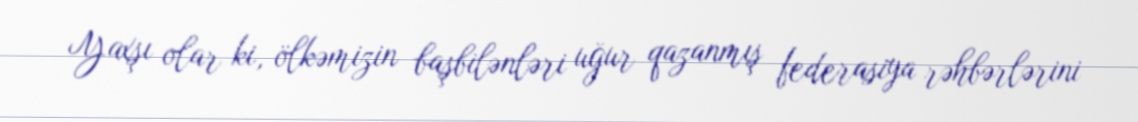
Yaxşı olar ki, ölkəmizin başbilənləri uğur qazanmış federasiya rəhbərlərini